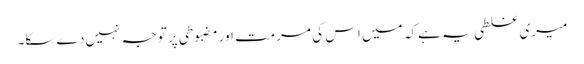
میری غلطی یہ ہے کہ میں اس کی مرمت اور مضبوطی پر توجہ نہیں دے سکا۔